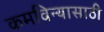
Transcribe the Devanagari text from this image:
कमविन्यासाठी